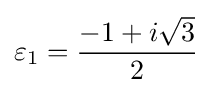
\varepsilon _{1}={\frac {-1+i{\sqrt {3}}}{2}}